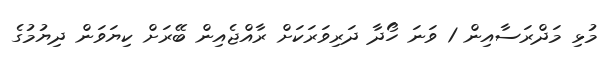
މުޅި މަދްރަސާއިން 1 ވަނަ ހޯދާ ދަރިވަރަކަށް ރާއްޖެއިން ބޭރަށް ކިޔަވަން ދިޔުމުގެ